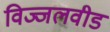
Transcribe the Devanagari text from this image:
विज्जलवीड